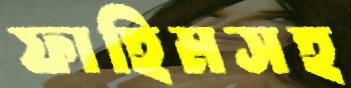
ফাহিমসহ